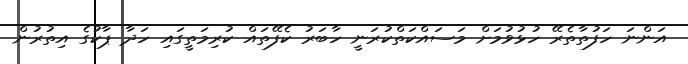
އަންނަ ހަފުތާތެރޭ ހުޅުވުމަށް މަސައްކަތްކުރަނީ ހާބަރު ކެފޭތައް ކުރިމަތީގައި ހަދާ ޕާކުގެ އިތުރުން